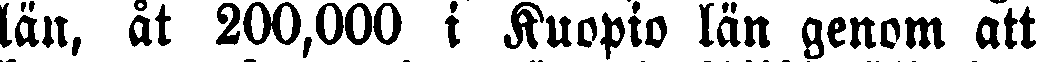
län, åt 200,000 i Kuopio län genom att